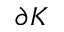
\partial K